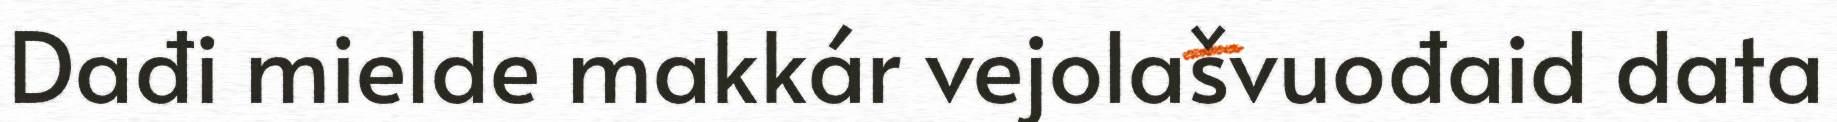
Dađi mielde makkár vejolašvuođaid data